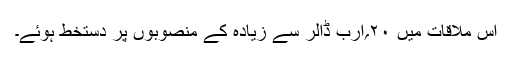
اس ملاقات میں ۲۰؍ارب ڈالر سے زیادہ کے منصوبوں پر دستخط ہوئے۔